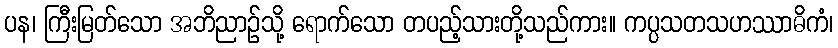
ပန၊ ကြီးမြတ်သော အဘိညာဉ်သို့ ရောက်သော တပည့်သားတို့သည်ကား။ ကပ္ပသတသဟဿာဓိကံ၊